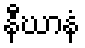
နီဃာနံ